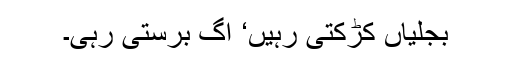
بجلیاں کڑکتی رہیں‘ آگ برستی رہی۔